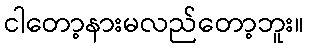
ငါတော့နားမလည်တော့ဘူး။